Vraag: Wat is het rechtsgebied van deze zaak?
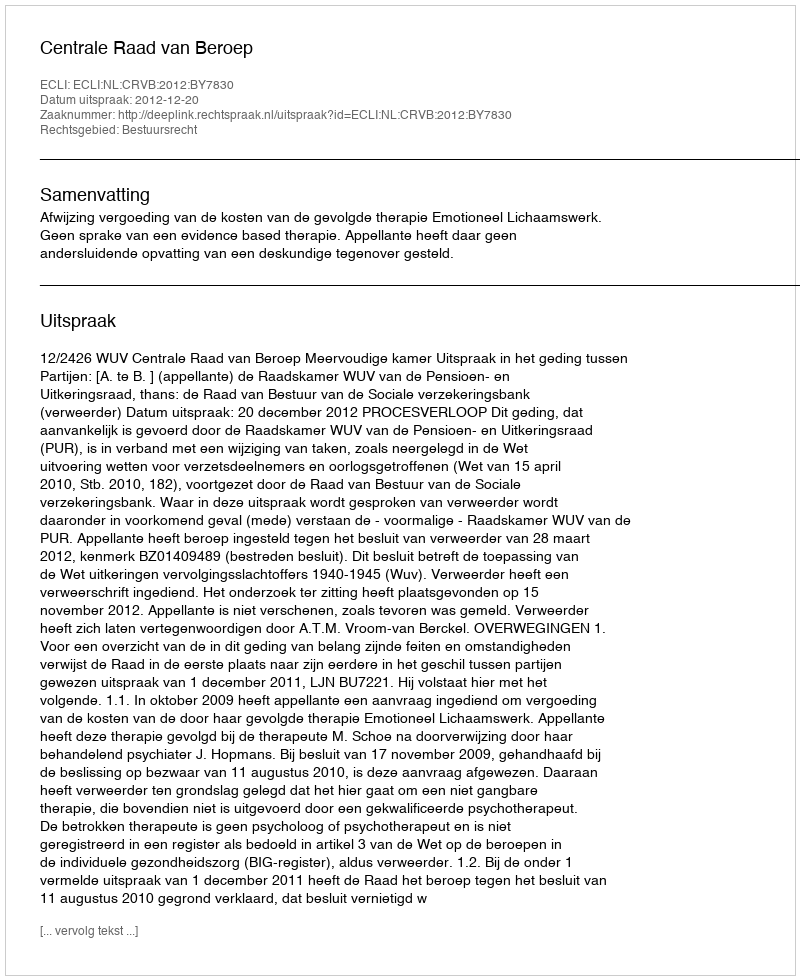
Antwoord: Bestuursrecht